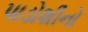
પાડોશીનો